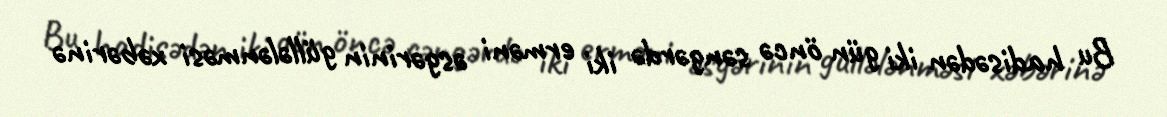
Bu hadisədən iki gün öncə səngərdə iki erməni əsgərinin güllələnməsi xəbərinə